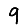
Digit: 9